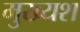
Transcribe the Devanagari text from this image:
मुख्यश